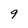
Character: 9